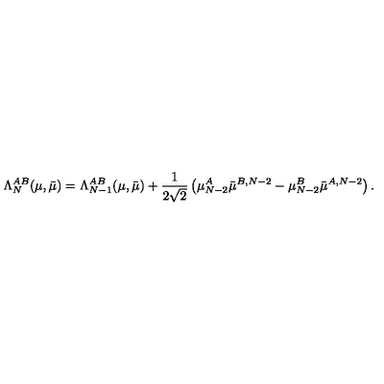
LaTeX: \Lambda _ { N } ^ { A B } ( \mu , \bar { \mu } ) = \Lambda _ { N - 1 } ^ { A B } ( \mu , \bar { \mu } ) + \frac { 1 } { 2 \sqrt { 2 } } \left( \mu _ { N - 2 } ^ { A } \bar { \mu } ^ { B , N - 2 } - \mu _ { N - 2 } ^ { B } \bar { \mu } ^ { A , N - 2 } \right) .